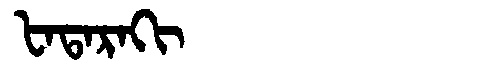
Manchu: ᡶᠠᡨᠠᡵᠠᡴᡳ
Romanization: FATARAKI